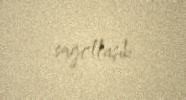
sağollaşıb.